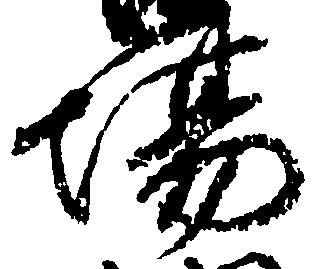
場